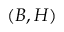
( B , H )